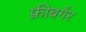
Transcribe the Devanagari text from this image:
फ्रीबर्गर